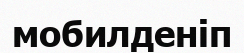
мобилденіп